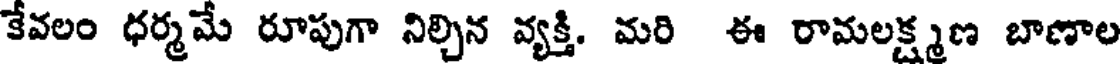
కేవలం ధర్మమే రూపుగా నిల్చిన వ్యక్తి. మరి ఈ రామలక్ష్మణ బాణాల